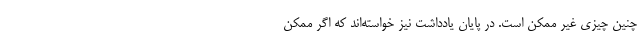
چنین چیزی غیر ممکن است. در پایان یادداشت نیز خواسته‌اند که اگر ممکن